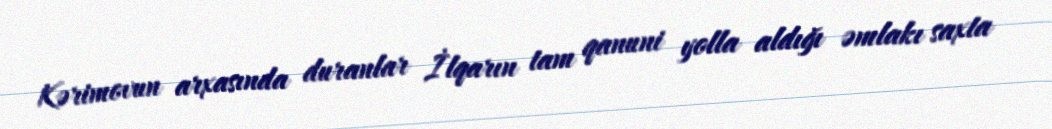
Kərimovun arxasında duranlar İlqarın tam qanuni yolla aldığı əmlakı saxta